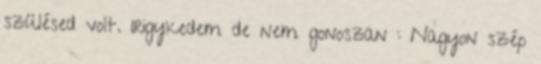
szülésed volt. Irigykedem de nem gonoszan : Nagyon szép